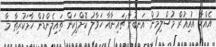
އެއްހާ އުއިޣުރް މުސްލިމުން އަނބުރާ ޗައިނާއާ ހަވާލު ކޮށްފިކަން ތައިލެންޑުން ހާމަކުރިތާ މާ